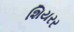
શિયરર